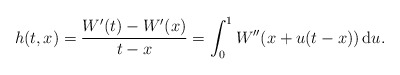
\begin{align*}h(t,x)=\frac{W'(t)-W'(x)}{t-x}=\int^1_0W''(x+u(t-x))\, \mathrm du.\end{align*}